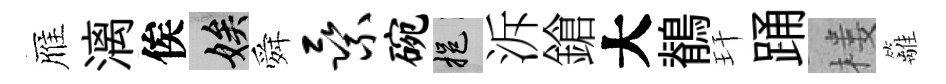
雁漓俟娭舜乘碗挹泝鎗大鶺玕踊楼籬